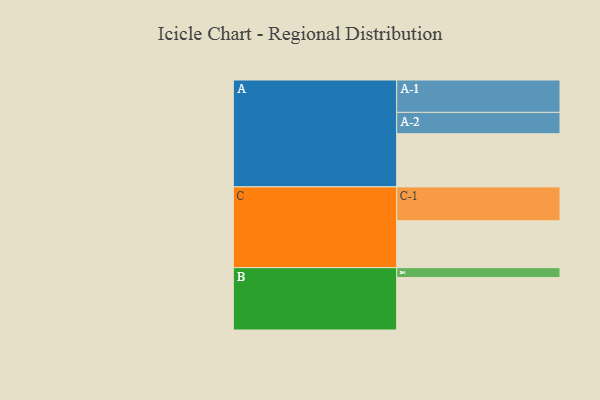
{"axis": {"x": "Segment", "y": "Value"}, "legend": ["", "A", "B", "C"], "data": [{"x": "A", "y": 445, "type": ""}, {"x": "B", "y": 439, "type": ""}, {"x": "C", "y": 392, "type": ""}, {"x": "A-1", "y": 271, "type": "A"}, {"x": "A-2", "y": 179, "type": "A"}, {"x": "B-1", "y": 83, "type": "B"}, {"x": "C-1", "y": 284, "type": "C"}]}